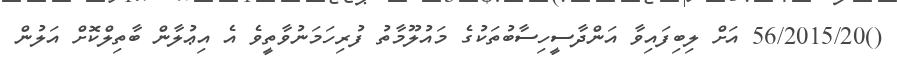
()56/2015/20 އަށް ލިބިފައިވާ އަންދާސީހިސާބުތަކުގެ މައުލޫމާތު ފުރިހަމަނުވާތީވެ އެ އިޢުލާން ބާތިލްކޮށް އަލުން